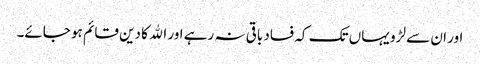
اور ان سے لڑو یہاں تک کہ فساد باقی نہ رہے اور الله کا دین قائم ہو جائے۔